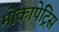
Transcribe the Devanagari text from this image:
मोकापेट्रिस